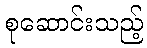
စုဆောင်းသည့်